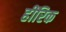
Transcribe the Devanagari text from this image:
हींरिक